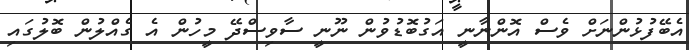
އެބޭފުޅުންނަށް ވެސް އޮންނާނީ އަގުބޮޑުވުން ނޫނީ ސާވިސްދޭ މީހުން އެ ގެއްލުން ބޮލުގައި